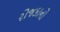
રોજકાનો